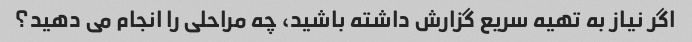
اگر نیاز به تهیه سریع گزارش داشته باشید، چه مراحلی را انجام می دهید؟